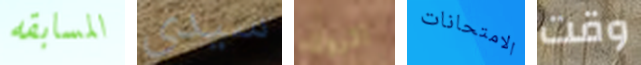
المسابقه سيدي الروك الامتحانات وقت